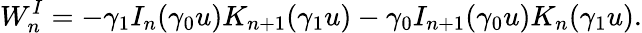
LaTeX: W_{n}^{I}=-\gamma_{1}I_{n}(\gamma_{0}u)K_{n+1}(\gamma_{1}u)-\gamma_{0}I_{n+1}(\gamma_{0}u)K_{n}(\gamma_{1}u).